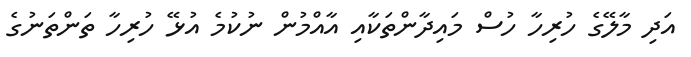
އަދި މާލޭގެ ހުރިހާ ހުސް މައިދާންތަކާއި އާއްމުން ނުކުމެ އުޅޭ ހުރިހާ ތަންތަނުގެ